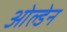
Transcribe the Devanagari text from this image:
ओल्डेन